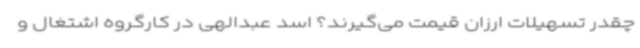
چقدر تسهیلات ارزان قیمت می‌گیرند؟ اسد عبدالهی در کارگروه اشتغال و